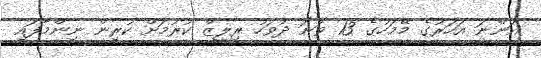
އަންނަ އަހަރުގެ މޭމަހުގެ 13 ވަނަ ދުވަހު ރިލީޒް ކުރުމަށް ކުރިން ނިންމާފައި